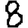
Digit: 8